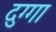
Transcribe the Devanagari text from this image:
दुग्गा